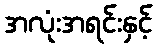
အလုံးအရင်းနှင့်